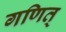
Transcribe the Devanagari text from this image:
गणित्